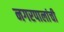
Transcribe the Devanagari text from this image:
नगरपालांची